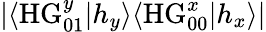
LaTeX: |\langle\mathrm{HG}_{01}^{y}|h_{y}\rangle\langle\mathrm{HG}_{00}^{x}|h_{x}\rangle|